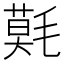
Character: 𣯳